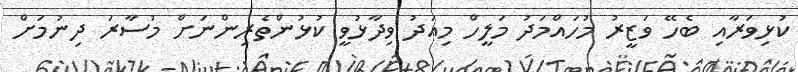
ކުޅިވަރާއި ބެހޭ ވަޒީރު މުހައްމަދު މަލީހް މިއަދު ވިދާޅުވީ ކުޅުންތެރިންނަށް މުސާރަ ދިނުމަށް